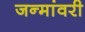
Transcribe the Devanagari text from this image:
जन्मांवरी